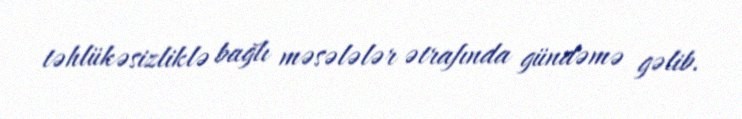
təhlükəsizliklə bağlı məsələlər ətrafında gündəmə gəlib.